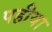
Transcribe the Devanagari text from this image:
पहीया